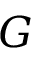
G